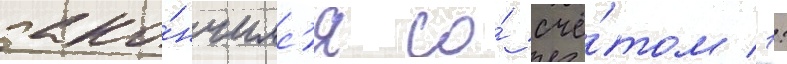
зако́нчилс'я со́ счё́том 1: